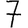
Digit: 7